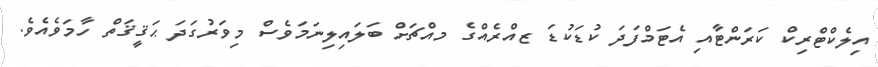
އިލެކްޓްރިކް ކަރަންޓާއި އެޓަމްފަދަ ކުޑަކުޑަ ޒއްރެއްގެ މއްޗަށް ބަލައިލިނަމަވެސް މިވަރުގަދަ ޙަޤީޤަތް ހާމަވެއެވެ.